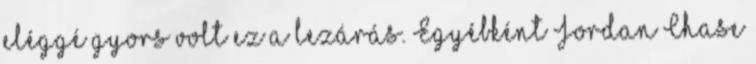
eléggé gyors volt ez a lezárás. Egyébként Jordan Chase